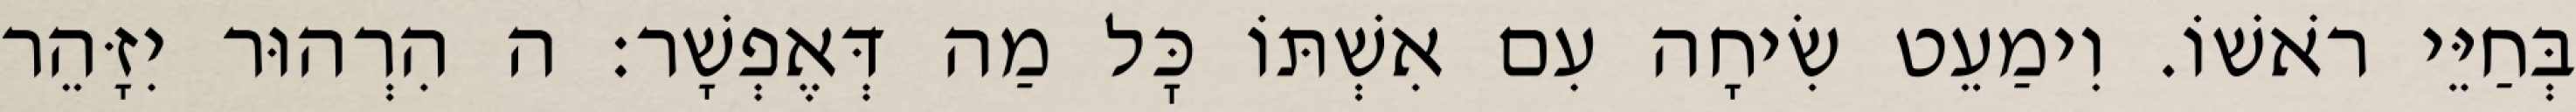
בְּחַיֵּי רֹאשׁוֹ. וִימַעֵט שִׂיחָה עִם אִשְׁתּוֹ כׇּל מַה דְּאֶפְשָׁר: ה הִרְהוּר יִזָּהֵר